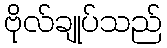
ဗိုလ်ချုပ်သည်